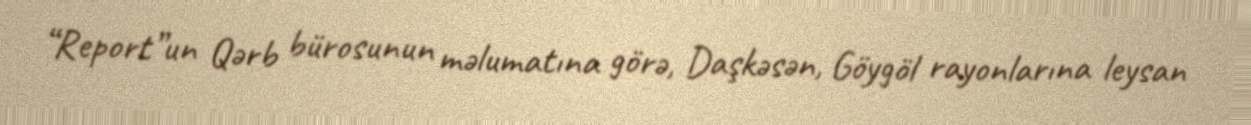
“Report”un Qərb bürosunun məlumatına görə, Daşkəsən, Göygöl rayonlarına leysan